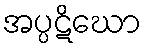
အပ္ပဋိဃော